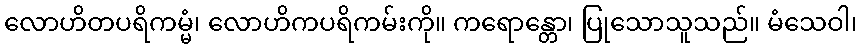
လောဟိတပရိကမ္မံ၊ လောဟိကပရိကမ်းကို။ ကရောန္တော၊ ပြုသောသူသည်။ မံသေဝါ၊